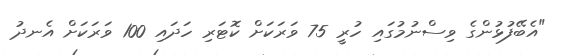
"އެބޭފުޅުންގެ ވިސްނުމުގައި ހުރީ 75 ވަރަކަށް ކޮޓަރި ހަދައި 100 ވަރަކަށް އެނދު